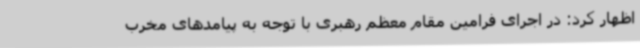
اظهار کرد: در اجرای فرامین مقام معظم رهبری با توجه به پیامدهای مخرب